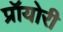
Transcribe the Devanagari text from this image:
प्रॉयोरी